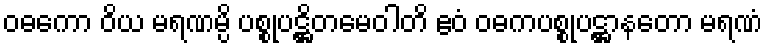
ဝဓကော ဝိယ မရဏမ္ပိ ပစ္စုပဋ္ဌိတမေဝါတိ ဧဝံ ဝဓကပစ္စုပဋ္ဌာနတော မရဏံ